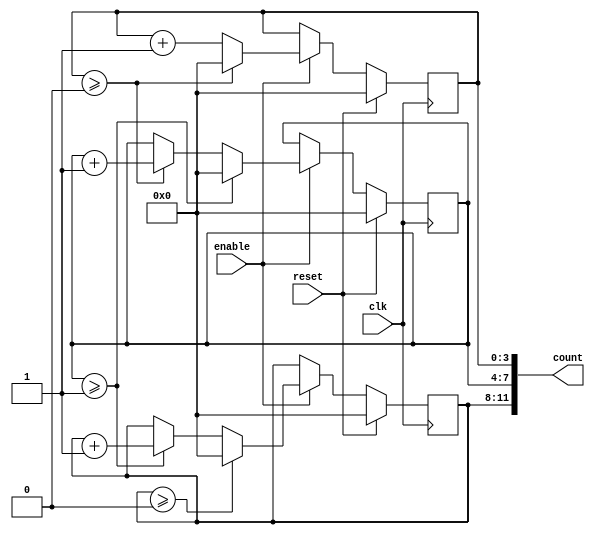
module mixed_radix_counter #(
    parameter NUM_DIGITS = 3, // Number of digits in the counter
    parameter [NUM_DIGITS*4-1:0] RADIXES = {4'd4, 4'd3, 4'd2} // Example: {base4, base3, base2}
)(
    input wire clk,            // Clock signal
    input wire reset,          // Synchronous reset
    input wire enable,         // Enable signal for counting
    output reg [NUM_DIGITS*4-1:0] count // Output count
);

    reg [3:0] counters [0:NUM_DIGITS-1]; // Array to hold individual digit counters

    integer i;

    // Initialize counters on reset
    always @(posedge clk) begin
        if (reset) begin
            for (i = 0; i < NUM_DIGITS; i = i + 1) begin
                counters[i] <= 0;
            end
        end else if (enable) begin
            // Increment the least significant digit
            counters[0] <= counters[0] + 1;

            // Handle overflow and cascading increment
            for (i = 0; i < NUM_DIGITS; i = i + 1) begin
                if (counters[i] >= RADIXES[i]) begin
                    counters[i] <= 0; // Reset current digit
                    if (i + 1 < NUM_DIGITS) begin
                        counters[i + 1] <= counters[i + 1] + 1; // Increment next digit
                    end
                end
            end
        end
    end

    // Concatenate counters into the output
    always @(*) begin
        count = {counters[NUM_DIGITS-1], counters[NUM_DIGITS-2], counters[NUM_DIGITS-3]}; // Adjust based on NUM_DIGITS
    end

endmodule